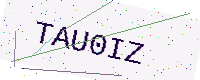
Text: TAU0IZ